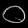
Digit: ၀